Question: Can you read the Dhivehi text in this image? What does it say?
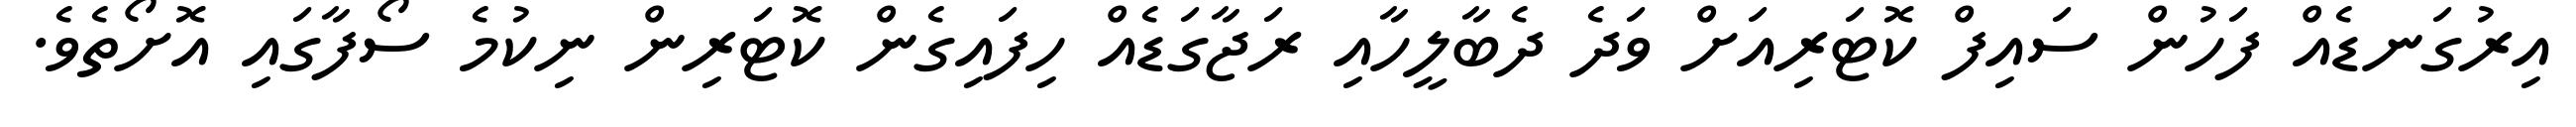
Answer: އިރުގަނޑެއް ފަހުން ސައިފް ކޮޓަރިއަށް ވަދެ ދެބާލީހާއި ރަޖާގަޑެއް ހިފައިގެން ކޮޓަރިން ނިކުމެ ސޯފާގައި އޮށޯތެވެ.